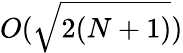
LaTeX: O(\sqrt{2(N+1)})